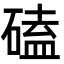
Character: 磕